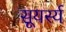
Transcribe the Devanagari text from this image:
सूयर्स्य